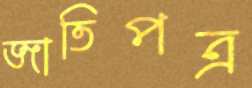
জাতিপত্র